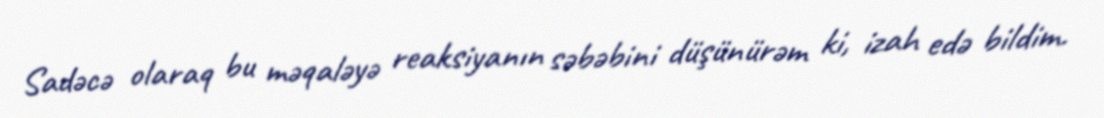
Sadəcə olaraq bu məqaləyə reaksiyanın səbəbini düşünürəm ki, izah edə bildim.